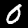
Digit: 0